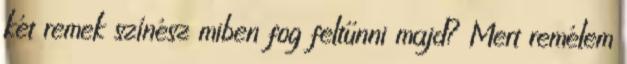
két remek színész miben fog feltűnni majd? Mert remélem